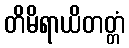
တိမိရာယိတတ္တံ